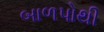
બાળપોથી